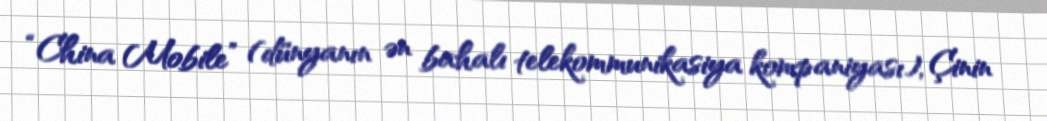
“China Mobile” (dünyanın ən bahalı telekommunikasiya kompaniyası), Çinin